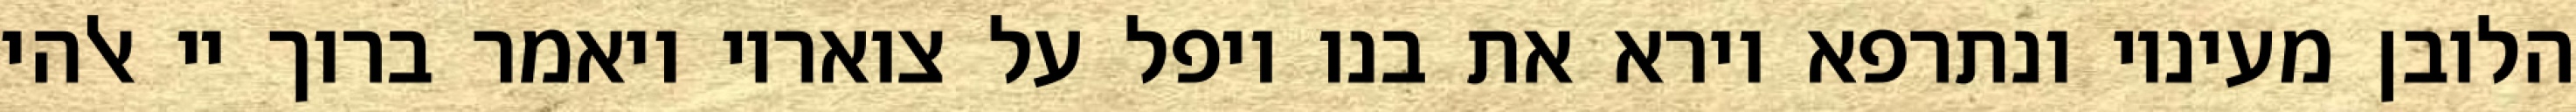
הלובן מעיניו ונתרפא וירא את בנו ויפל על צואריו ויאמר ברוך יי אלהי